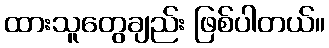
ထားသူတွေချည်း ဖြစ်ပါတယ်။